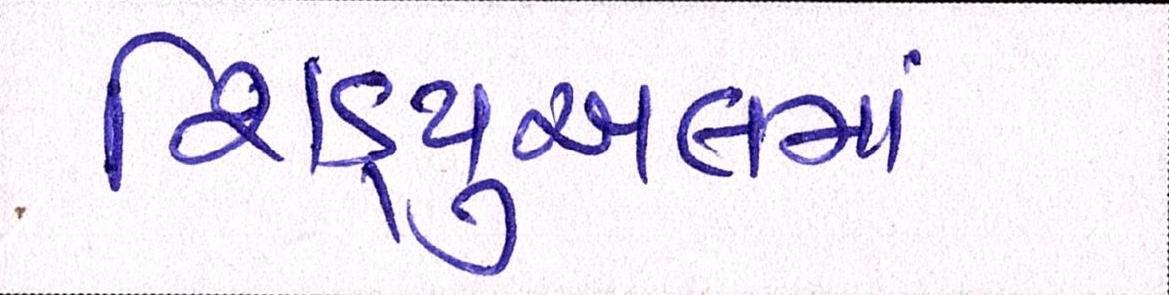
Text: શિડ્યુઅલમાં